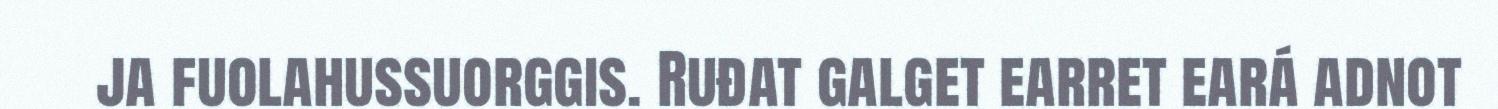
ja fuolahussuorggis. Ruđat galget earret eará adnot